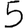
Digit: 5